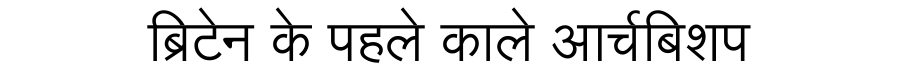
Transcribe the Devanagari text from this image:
ब्रिटेन के पहले काले आर्चबिशप